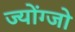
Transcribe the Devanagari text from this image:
ज्योंग्जो